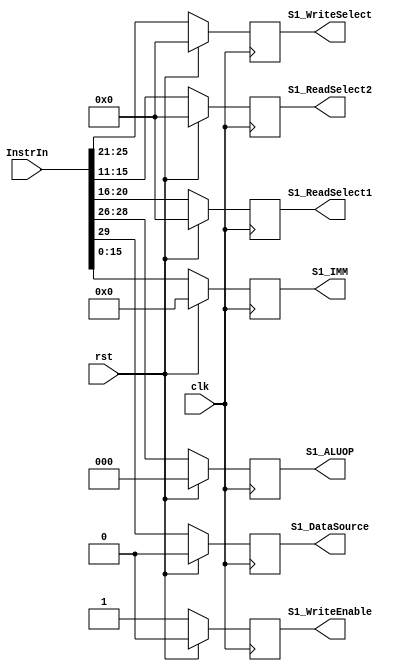
`timescale 1ns / 1ps
//////////////////////////////////////////////////////////////////////////////////
// Company: 
// Engineer: 
// 
// Design Name: 
// Module Name: S1_Reg
// Project Name: 
// Target Devices: 
// Tool Versions: 
// Description: 
// 
// Dependencies: 
// 
// Revision:
// Revision 0.01 - File Created
// Additional Comments:
// 
//////////////////////////////////////////////////////////////////////////////////


module S1_Reg(
    input [31:0]InstrIn,
    input clk,
    input rst,
    output reg [4:0]S1_ReadSelect1,
    output reg [4:0]S1_ReadSelect2,
    output reg [15:0]S1_IMM,
    output reg S1_DataSource,
    output reg [2:0]S1_ALUOP,
    output reg [4:0]S1_WriteSelect,
    output reg S1_WriteEnable
    );
    
    
	always@(posedge clk)
		begin
		if (rst)
			begin
			S1_ReadSelect1 <= 5'd0;
			S1_ReadSelect2 <= 5'd0;
			S1_WriteSelect <= 5'd0;
			S1_WriteEnable <= 1'b0;
			S1_IMM <= 16'b0;
			S1_DataSource <= 1'b0;
			S1_ALUOP <= 3'b0; 
			end
		
		else
			begin
			S1_ReadSelect1 <= InstrIn[20:16];
			S1_ReadSelect2 <= InstrIn[15:11];
			S1_WriteSelect <= InstrIn[25:21];
			S1_WriteEnable <= 1'b1;
			S1_IMM <= InstrIn[15:0]; //the immediate
			S1_DataSource <= InstrIn[29]; //Is it I or R type?
			S1_ALUOP <= InstrIn[28:26]; //ALU operation
			end
		end
endmodule